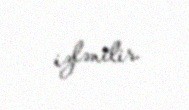
izlənilir.